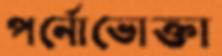
পর্নোভোক্তা